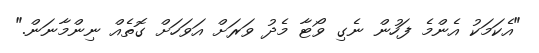
"އެކަމަކު އެންމެ ފަހުން ނެގި ވޯޓާ މެދު ވަރަށް އަވަހަށް ގޮތެއް ނިންމާނަން."